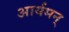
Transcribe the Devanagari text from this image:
आर्यमन्